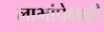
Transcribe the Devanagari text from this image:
लाभांपेक्षाही